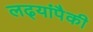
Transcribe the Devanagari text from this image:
लढ्यांपैकी